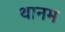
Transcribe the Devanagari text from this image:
थानम